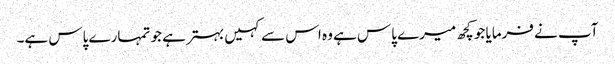
آپ نے فرمایا جو کچھ میرے پاس ہے وہ اس سے کہیں بہتر ہے جو تمہارے پاس ہے۔